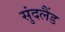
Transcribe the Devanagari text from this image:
सुंदलैंड